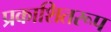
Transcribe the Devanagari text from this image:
प्रकाशितरूप